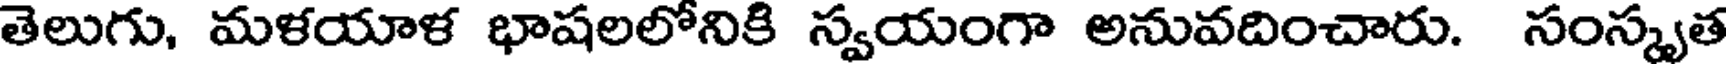
తెలుగు, మళయాళ భాషలలోనికి స్వయంగా అనువదించారు. సంస్కృత